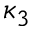
\kappa _ { 3 }